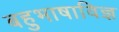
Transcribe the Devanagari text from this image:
बहुभाषाविज्ञ